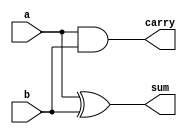
`timescale 1ns / 1ps
//////////////////////////////////////////////////////////////////////////////////
// Company: 
// Engineer: 
// 
// Design Name: 
// Module Name: HA
// Project Name: 
// Target Devices: 
// Tool Versions: 
// Description: 
// 
// Dependencies: 
// 
// Revision:
// Revision 0.01 - File Created
// Additional Comments:
// 
//////////////////////////////////////////////////////////////////////////////////


module HA(a,b,sum,carry);
input a,b;
output sum,carry;
xor g1(sum,a,b);
and g2(carry,a,b);
endmodule